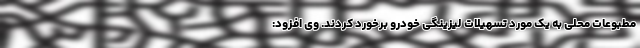
مطبوعات محلی به یک مورد تسهیلات لیزینگی خودرو برخورد کردند. وی افزود: